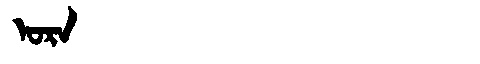
Manchu: ᠣᡵᠠ
Romanization: ORA